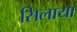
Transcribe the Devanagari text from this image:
सिलाया